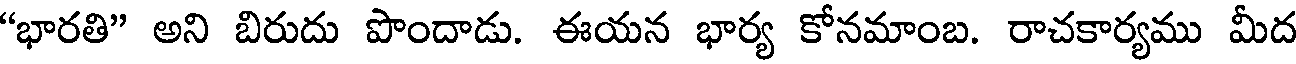
"భారతి" అని బిరుదు పొందాడు. ఈయన భార్య కోనమాంబ. రాచకార్యము మీద